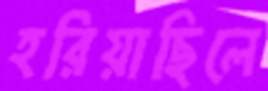
হরিয়াছিলে